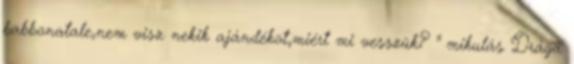
babbonatale,nem visz nekik ajándékot,miért mi vesszük? " mikulás Drága